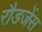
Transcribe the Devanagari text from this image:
रौडजेंस